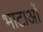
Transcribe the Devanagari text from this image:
भाटाओं